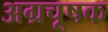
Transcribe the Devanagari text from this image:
अग्रचूषक